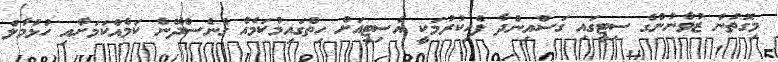
މިގޮތުން ޒުވާނުންގެ ސިޓީގައި ގަސްއިންދާ ފެހިކުރުމަކީ އެސިޓީއަށް ހިތްގައިމުކަމެއް ގެނެސްދޭނެ ކަމެއްކަމަށާއި ހުޅުމާލެ